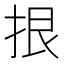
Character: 拫